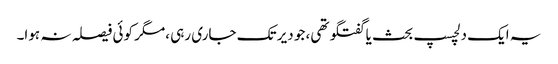
یہ ایک دلچسپ بحث یا گفتگو تھی، جو دیر تک جاری رہی ،مگر کوئی فیصلہ نہ ہوا۔